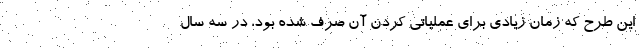
این طرح که زمان زیادی برای عملیاتی کردن آن صرف شده بود، در سه سال